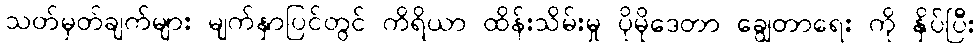
သတ်မှတ်ချက်များ မျက်နှာပြင်တွင် ကိရိယာ ထိန်းသိမ်းမှု ပိုမိုဒေတာ ချွေတာရေး ကို နှိပ်ပြီး